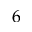
6